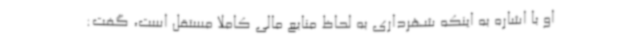
او با اشاره به اینکه شهرداری به لحاظ منابع مالی کاملا مستقل است، گفت: